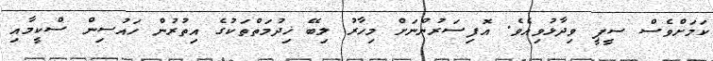
ކަމަށްވެސް ސީޕީ ވިދާޅުވިއެވެ. އޮފިސަރުންނަށް މިހާރު ލިބޭ ޚިދުމަތްތަކުގެ އިތުރުން ހައުސިން ސްކީމާއި